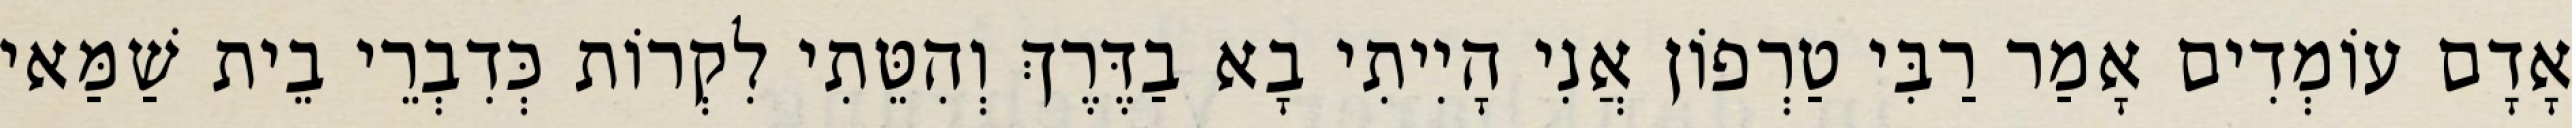
אָדָם עוֹמְדִים אָמַר רַבִּי טַרְפוֹן אֲנִי הָיִיתִי בָא בַדֶּרֶךְ וְהִטֵּתִי לִקְרוֹת כְּדִבְרֵי בֵית שַׁמַּאי